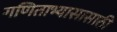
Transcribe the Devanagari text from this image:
गणिताभ्यासासाठी